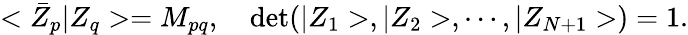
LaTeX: <\bar{Z}_{p}\vert Z_{q}>=M_{pq},\quad\mathrm{det}(\vert Z_{1}>,\vert Z_{2}>,\cdots,\vert Z_{N+1}>)=1.